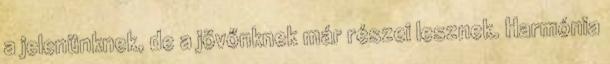
a jelenünknek, de a jövőnknek már részei lesznek. Harmónia